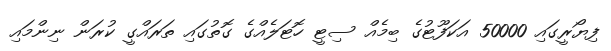
ފިޔޯރީގައި 50000 އަކަފޫޓުގެ ބިމެއް ސިޓީ ހޮޓަލެއްގެ ގޮތުގައި ތަރައްގީ ކުރަން ނިންމައި